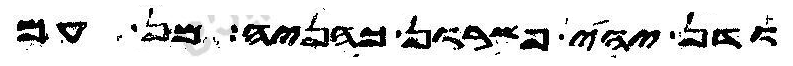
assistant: ודן יהי פשרון כהניה מן עם